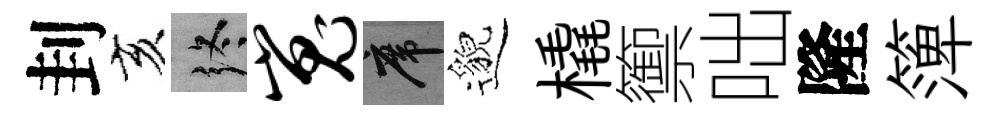
刲亥终嵬席邈橇籞咄隆𥱼